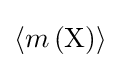
\langle m\left({\rm {X}}\right)\rangle